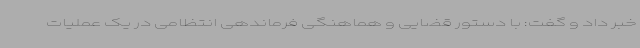
خبر داد و گفت: با دستور قضایی و هماهنگی فرماندهی انتظامی در یک عملیات